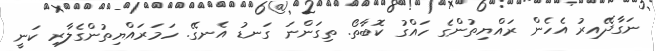
ނަގާދޭއިރު އެހެން ރައްޔިތުންގެ ހައްގު ކޮބާތޯ. ތިގަންނަ ގަނޑު އެނގޭ. ހަމަރައްޔިތުންގެލާރި ކަނީ